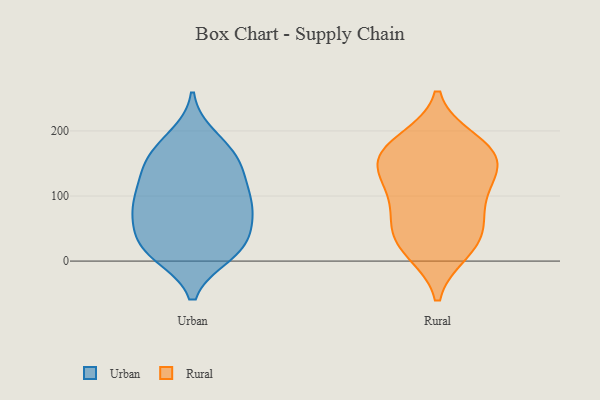
{"axis": {"x": "Tickets Resolved", "y": "Value"}, "legend": ["Rural", "Urban"], "data": [{"x": "", "y": 174, "type": "Urban"}, {"x": "", "y": 129, "type": "Urban"}, {"x": "", "y": 34, "type": "Urban"}, {"x": "", "y": 11, "type": "Urban"}, {"x": "", "y": 190, "type": "Urban"}, {"x": "", "y": 73, "type": "Urban"}, {"x": "", "y": 85, "type": "Urban"}, {"x": "", "y": 36, "type": "Urban"}, {"x": "", "y": 10, "type": "Urban"}, {"x": "", "y": 14, "type": "Urban"}, {"x": "", "y": 134, "type": "Urban"}, {"x": "", "y": 25, "type": "Urban"}, {"x": "", "y": 65, "type": "Urban"}, {"x": "", "y": 86, "type": "Urban"}, {"x": "", "y": 157, "type": "Urban"}, {"x": "", "y": 89, "type": "Urban"}, {"x": "", "y": 132, "type": "Urban"}, {"x": "", "y": 92, "type": "Urban"}, {"x": "", "y": 163, "type": "Urban"}, {"x": "", "y": 15, "type": "Rural"}, {"x": "", "y": 60, "type": "Rural"}, {"x": "", "y": 147, "type": "Rural"}, {"x": "", "y": 178, "type": "Rural"}, {"x": "", "y": 43, "type": "Rural"}, {"x": "", "y": 155, "type": "Rural"}, {"x": "", "y": 107, "type": "Rural"}, {"x": "", "y": 166, "type": "Rural"}, {"x": "", "y": 96, "type": "Rural"}, {"x": "", "y": 49, "type": "Rural"}, {"x": "", "y": 120, "type": "Rural"}, {"x": "", "y": 185, "type": "Rural"}, {"x": "", "y": 155, "type": "Rural"}, {"x": "", "y": 17, "type": "Rural"}]}